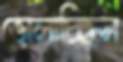
ভোলাচ্ছিস